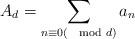
LaTeX: \begin{align*} A_d = \sum_{n\equiv 0(\mod d)}a_n\end{align*}